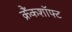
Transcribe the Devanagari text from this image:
क्रैंकशॉफ्ट